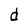
Character: d